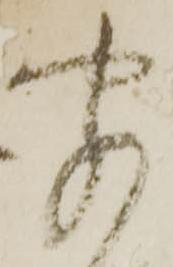
聞